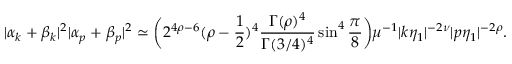
| \alpha _ { k } + \beta _ { k } | ^ { 2 } | \alpha _ { p } + \beta _ { p } | ^ { 2 } \simeq \biggl ( 2 ^ { 4 \rho - 6 } ( \rho - \frac { 1 } { 2 } ) ^ { 4 } \frac { \Gamma ( \rho ) ^ { 4 } } { \Gamma ( 3 / 4 ) ^ { 4 } } \sin ^ { 4 } { \frac { \pi } { 8 } } \biggr ) \mu ^ { - 1 } | k \eta _ { 1 } | ^ { - 2 \nu } | p \eta _ { 1 } | ^ { - 2 \rho } .